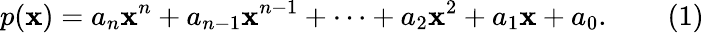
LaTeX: p(\mathbf{x})=a_{n}\mathbf{x}^{n}+a_{n-1}\mathbf{x}^{n-1}+\cdots+a_{2}\mathbf{x}^{2}+a_{1}\mathbf{x}+a_{0}.\qquad(1)